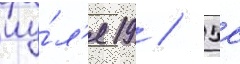
иу́л'я 19 / 5с